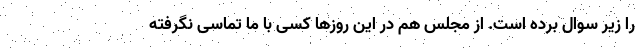
را زیر سوال برده است. از مجلس هم در این روزها کسی با ما تماسی نگرفته